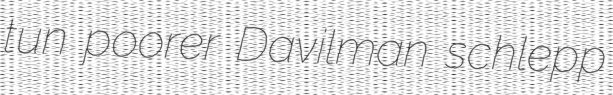
tun poorer Davilman schlepp